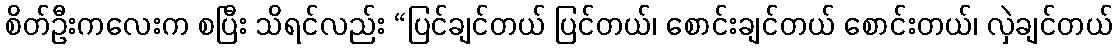
စိတ်ဦးကလေးက စပြီး သိရင်လည်း “ပြင်ချင်တယ် ပြင်တယ်၊ စောင်းချင်တယ် စောင်းတယ်၊ လှဲချင်တယ်